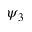
\psi _ { 3 }